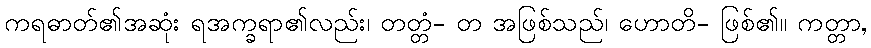
ကရဓာတ်၏အဆုံး ရအက္ခရာ၏လည်း၊ တတ္တံ- တ အဖြစ်သည်၊ ဟောတိ- ဖြစ်၏။ ကတ္တာ,